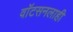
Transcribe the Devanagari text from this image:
वाॅटसनलाही